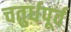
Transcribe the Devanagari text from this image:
चतुर्धपूर्व